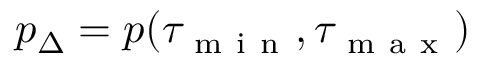
p _ { \Delta } = p ( \tau _ { \mathrm { ~ m ~ i ~ n ~ } } , \tau _ { \mathrm { ~ m ~ a ~ x ~ } } )